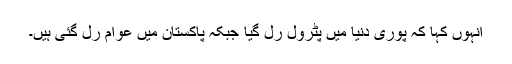
انہوں کہا کہ پوری دنیا میں پٹرول رل گیا جبکہ پاکستان میں عوام رل گئی ہیں۔